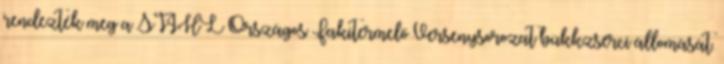
rendezték meg a STIHL Országos Fakitermelő Versenysorozat bükkzsérci állomását.